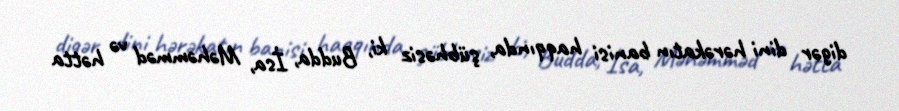
digər dini hərəkatın banisi haqqında, şübhəsiz ki, Budda, İsa, Məhəmməd və hətta